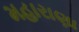
મહારાણા